Vaccination in Bombay 1863-1868 - 1863-1868
Year: 1863
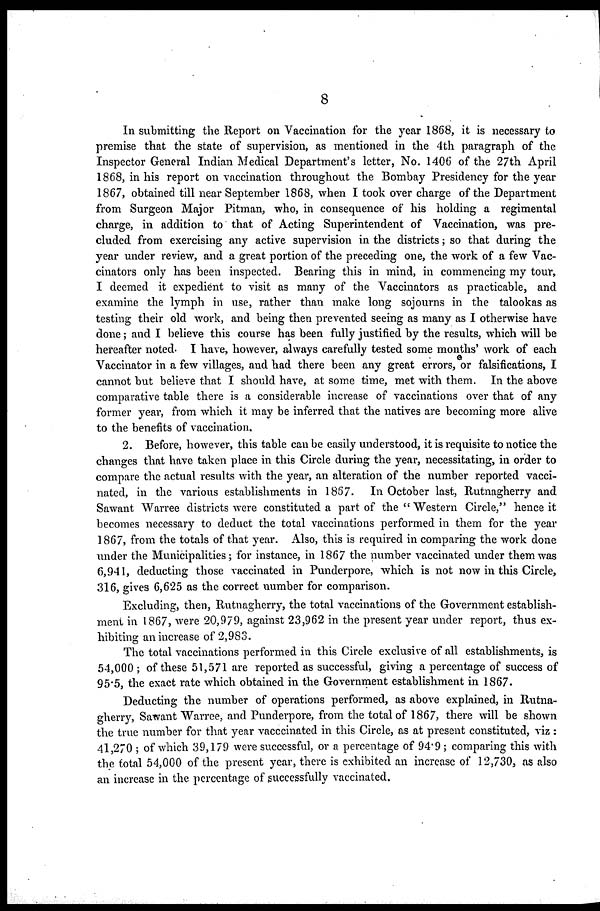
8
In submitting the Report on Vaccination for the year 1868, it is necessary to
premise that the state of supervision, as mentioned in the 4th paragraph of the
Inspector General Indian Medical Department's letter, No. 1406 of the 27th April
1868, in his report on vaccination throughout the Bombay Presidency for the year
1867, obtained till near September 1868, when I took over charge of the Department
from Surgeon Major Pitman, who, in consequence of his holding a regimental
charge, in addition to that of Acting Superintendent of Vaccination, was pre-
cluded from exercising any active supervision in the districts; so that during the
year under review, and a great portion of the preceding one, the work of a few Vac¬
cinators only has been inspected. Bearing this in mind, in commencing my tour,
I deemed it expedient to visit as many of the Vaccinators as practicable, and
examine the lymph in use, rather than make long sojourns in the talookas as
testing their old work, and being then prevented seeing as many as I otherwise have
done; and I believe this course has been fully justified by the results, which will be
hereafter noted. I have, however, always carefully tested some months' work of each
Vaccinator in a few villages, and had there been any great errors, or falsifications, I
cannot but believe that I should have, at some time, met with them. In the above
comparative table there is a considerable increase of vaccinations over that of any
former year, from which it may be inferred that the natives are becoming more alive
to the benefits of vaccination,
2. Before, however, this table can be easily understood, it is requisite to notice the
changes that have taken place in this Circle during the year, necessitating, in order to
compare the actual results with the year, an alteration of the number reported vacci-
nated, in the various establishments in 1867. In October last, Rutnagherry and
Sawant Warree districts were constituted a part of the " Western Circle," hence it
becomes necessary to deduct the total vaccinations performed in them for the year
1867, from the totals of that year. Also, this is required in comparing the work done
under the Municipalities; for instance, in 1867 the number vaccinated under them was
6,941, deducting those vaccinated in Punderpore, which is not now in this Circle,
316, gives 6,625 as the correct number for comparison.
Excluding, then, Rutnagherry, the total vaccinations of the Government establish-
ment in 1867, were 20,979, against 23,962 in the present year under report, thus ex-
hibiting an increase of 2,983.
The total vaccinations performed in this Circle exclusive of all establishments, is
54,000 ; of these 51,571 are reported as successful, giving a percentage of success of
95.5, the exact rate which obtained in the Government establishment in 1867.
Deducting the number of operations performed, as above explained, in Rutna-
gherry, Sawant Warree, and Punderpore, from the total of 1867, there will be shown
the true number for that year vacccinated in this Circle, as at present constituted, viz :
41,270 ; of which 39,179 were successful, or a percentage of 94.9 ; comparing this with
the total 54,000 of the present year, there is exhibited an increase of 12,730, as also
an increase in the percentage of successfully vaccinated.